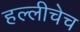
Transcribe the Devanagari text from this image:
हल्लीचेच